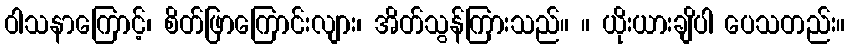
ဝါသနာကြောင့်၊ စိတ်ဖြာကြောင်းလျား၊ အိတ်သွန်ကြားသည်။ ။ ယိုးယားချိပါ ပေသတည်း။